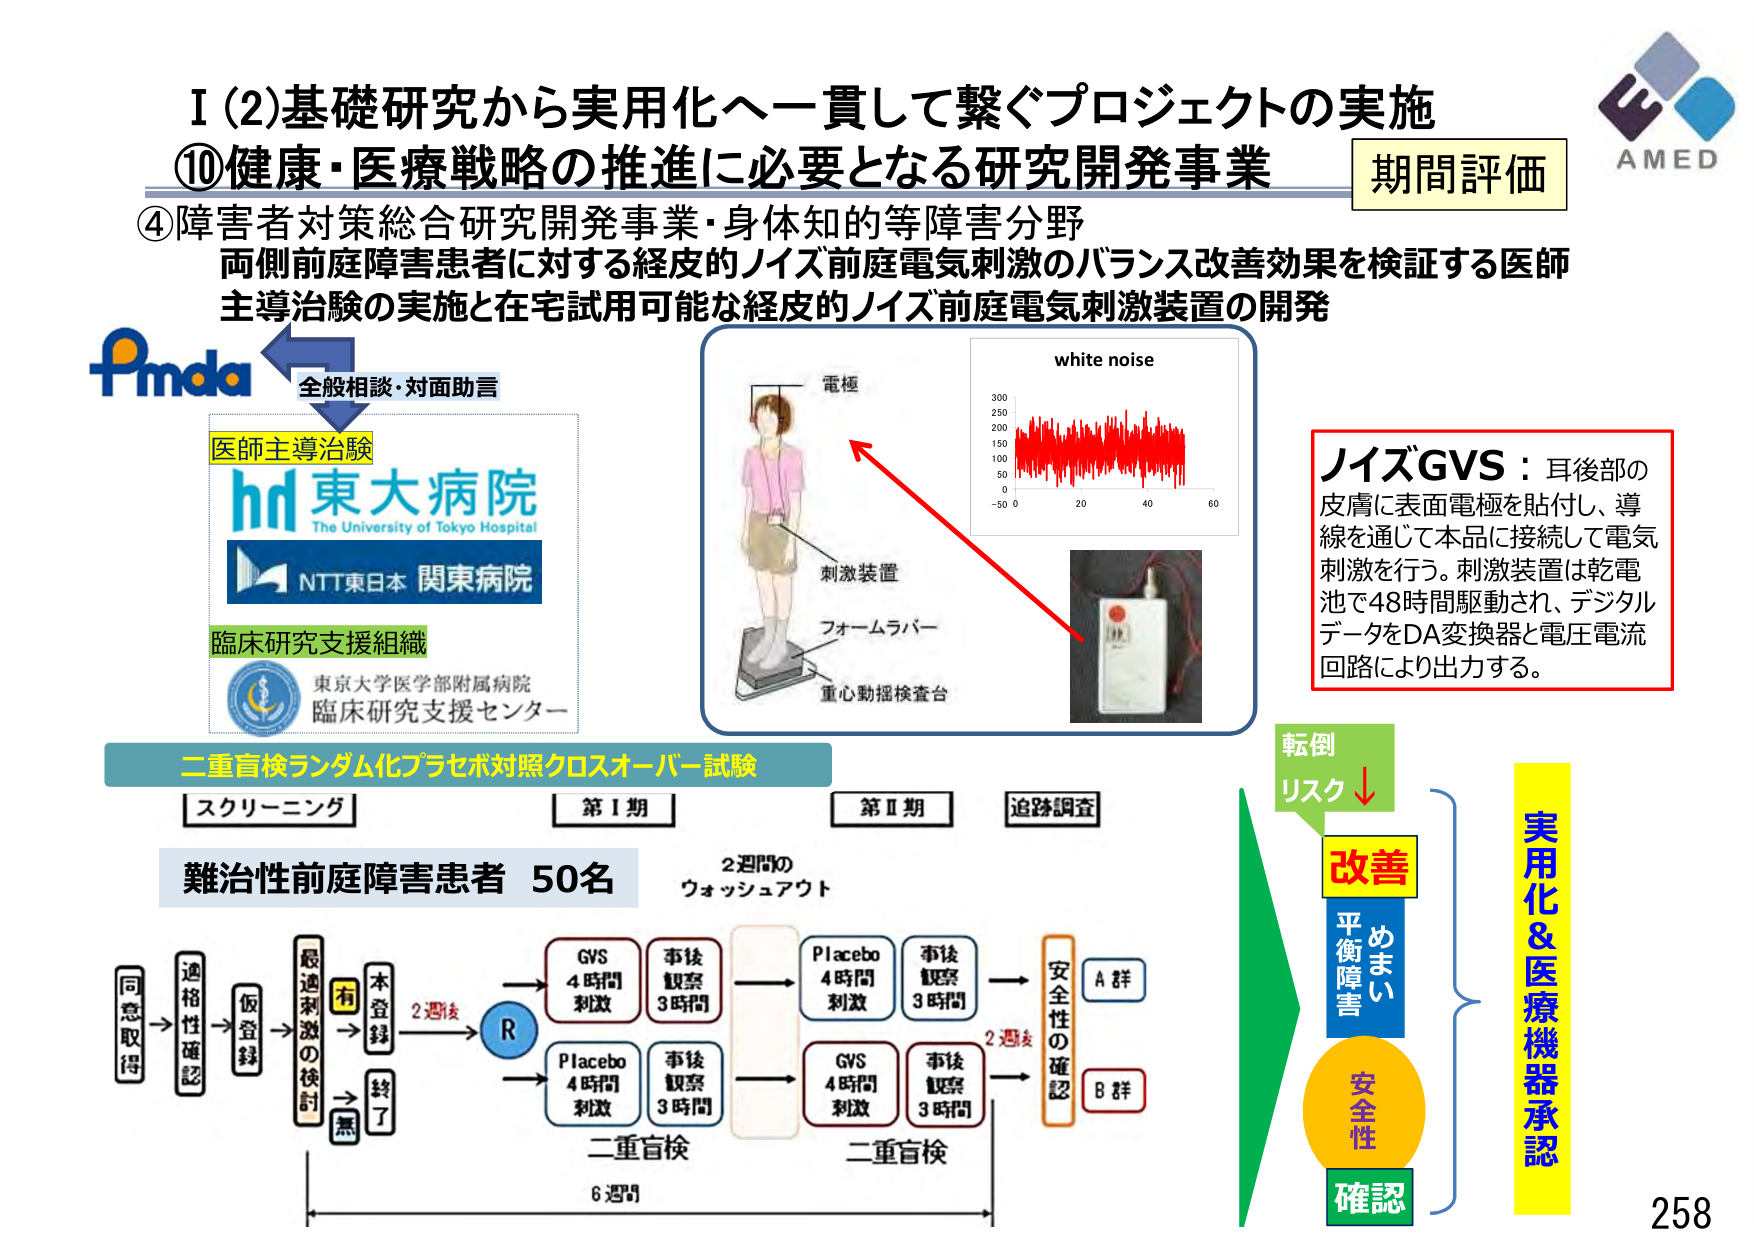
I (2) 基礎研究から実用化へ一貫して繋ぐプロジェクトの実施
⑩ 健康・医療戦略の推進に必要となる研究開発事業
期間評価
④ 障害者対策総合研究開発事業・身体知的等障害分野
両側前庭障害患者に対する経皮的ノイズ前庭電気刺激のバランス改善効果を検証する医師主導治験の実施と在宅試用可能な経皮的ノイズ前庭電気刺激装置の開発

Pmda
全般相談・対面助言
医師主導治験
hd 東大病院
The University of Tokyo Hospital
NTT東日本 関東病院
臨床研究支援組織
東京大学医学部附属病院
臨床研究支援センター

white noise
電極
刺激装置
フォームラバー
重心動揺検査台

ノイズGVS：耳後部の皮膚に表面電極を貼付し、導線を通じて本品に接続して電気刺激を行う。刺激装置は乾電池で48時間駆動され、デジタルデータをDA変換器と電圧電流回路により出力する。

二重盲検ランダム化プラセボ対照クロスオーバー試験
[スクリーニング]
[第Ⅰ期]
[第Ⅱ期]
[追跡調査]

難治性前庭障害患者 50名
2週間のウォッシュアウト

同意取得 → 適格性確認 → 仮登録 → [最適刺激の検討] → 本登録 → 2週後 → R →
[有] → GVS 4時間刺激 → 事後観察 3時間 → 2週後 → Placebo 4時間刺激 → 事後観察 3時間 → 安全性の確認 → A群
[無] → Placebo 4時間刺激 → 事後観察 3時間 → 2週後 → GVS 4時間刺激 → 事後観察 3時間 → 安全性の確認 → B群

二重盲検
6週間

転倒リスク↓
改善
めまい
平衡障害
安全性
確認
実用化＆医療機器承認

AMED
258